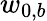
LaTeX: w_{0,b}